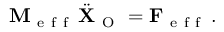
\mathbf { M } _ { \mathrm { ~ e ~ f ~ f ~ } } \, \ddot { \mathbf { X } } _ { \mathrm { ~ O ~ } } = \mathbf { F } _ { \mathrm { ~ e ~ f ~ f ~ } } \, .